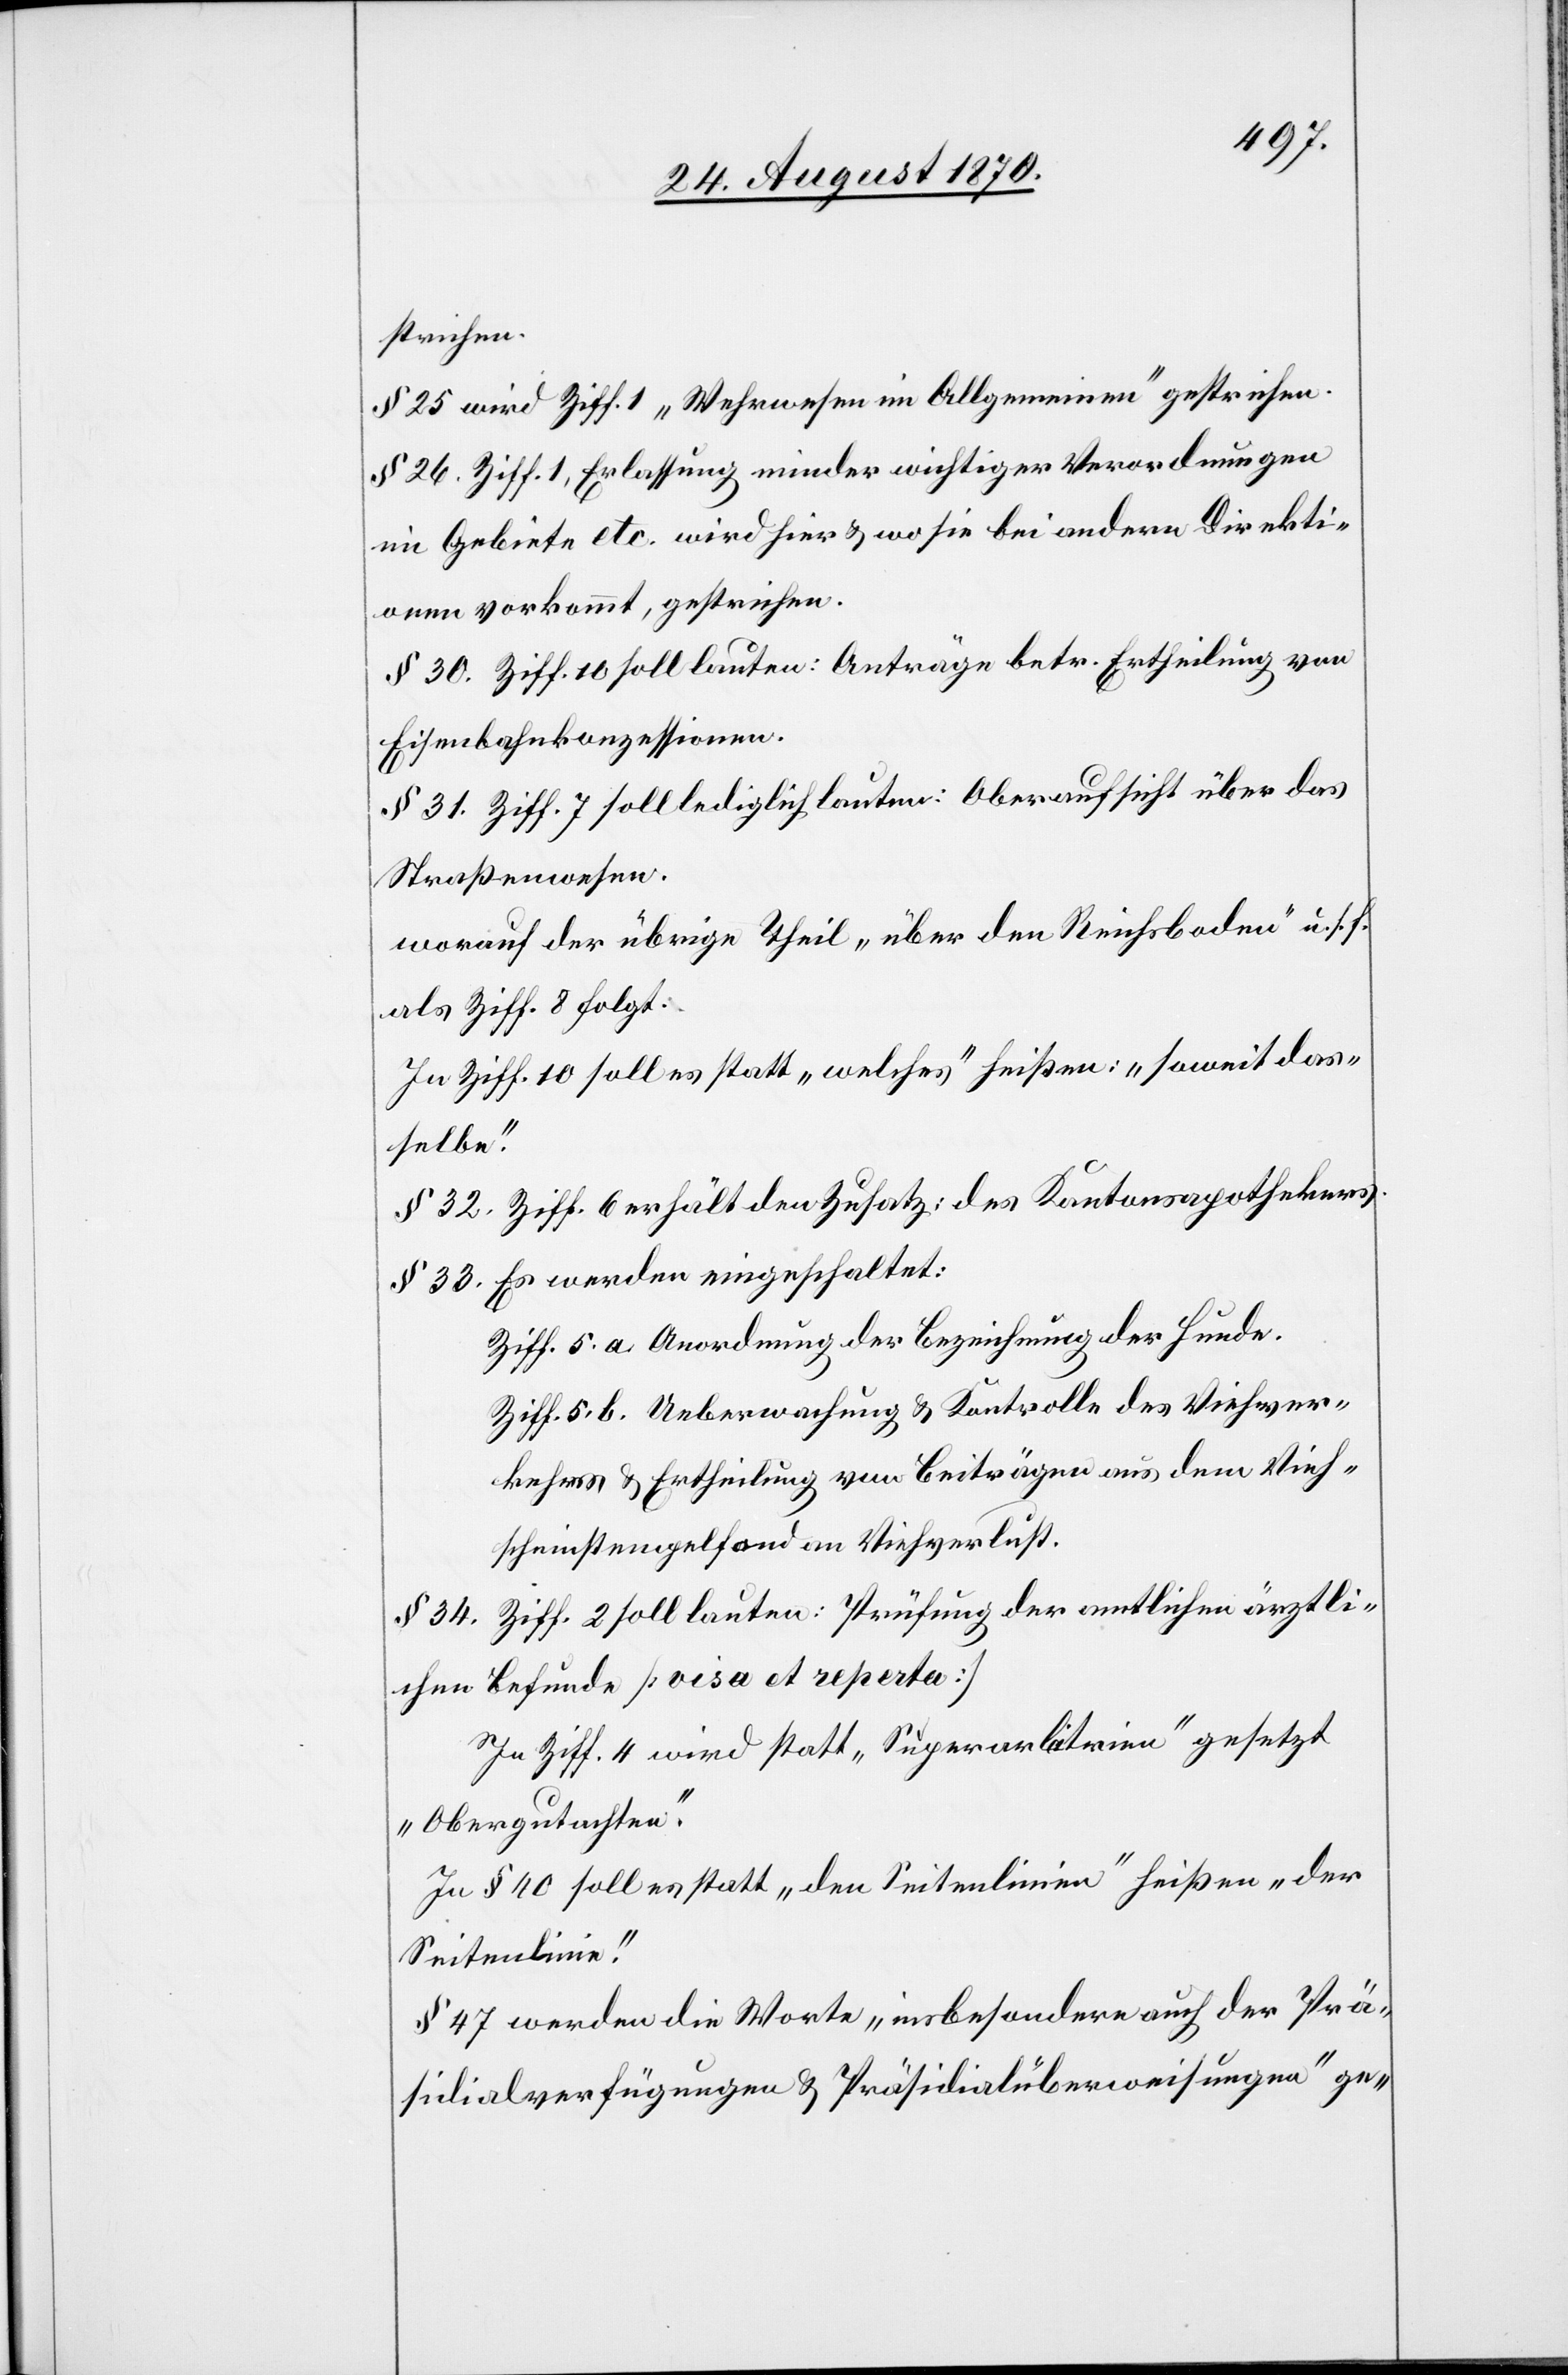
strichen.
§ 25 wird Ziff. 1 „Wehrwesen im Allgemeinen“ gestrichen.
§ 26 Ziff. 1, Erlassung minder wichtiger Verordnungen
im Gebiete etc. wird hier & wo sie bei andern Direkti¬
onen vorkommt, gestrichen
§ 30. Ziff. 10 soll lauten: Anträge betr. Ertheilung von
Eisenbahnkonzessionen.
§ 31. Ziff. 7 soll lediglich lauten: Oberaufsicht über das
Straßenwesen.
worauf der übrige Theil „über den Reichsboden“ u. s. f.
als Ziff. 8 folgt.
In Ziff. 10 soll es statt „welches“ heißen: „soweit das¬
selbe“.
§ 32. Ziff. 6 erhält den Zusatz: des Kantonsapothekers.
§ 33. Es werden eingeschaltet:
Ziff. 5. a. Anordnung der Bezeichnung der Hunde.
Ziff. 5. b. Ueberwachung & Kontrolle des Viehver¬
kehrs & Ertheilung von Beiträgen aus dem Vieh¬
scheinstempelfond am Viehverlust.
§ 34. Ziff. 2 soll lauten: Prüfung der amtlichen ärztli¬
chen Befunde [visa et reperta]
In Ziff. 4 wird statt „Superarbitrien“ gesetzt
„Obergutachten“.
In § 40 soll es statt „den Seitenlinien“ heißen „der
Seitenlinie“.
§ 47 werden die Worte „insbesondere auch der Prä¬
sidialverfügungen & Präsidialüberweisungen“ ge-